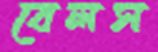
বেলস